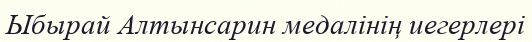
Ыбырай Алтынсарин медалінің иегерлері